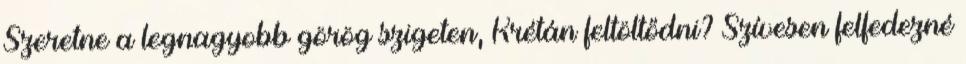
Szeretne a legnagyobb görög szigeten, Krétán feltöltődni? Szívesen felfedezné